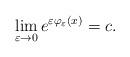
LaTeX: \begin{align*} \lim_{\varepsilon \rightarrow 0} e^{\varepsilon \varphi_\varepsilon(x)} =c.\end{align*}